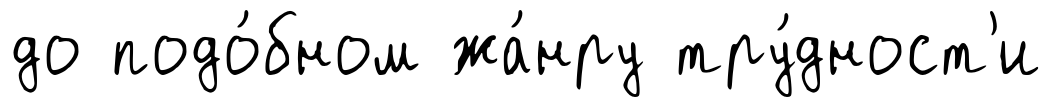
до подо́бном жа́нру тру́дност'и